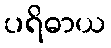
ပရိဓာယ